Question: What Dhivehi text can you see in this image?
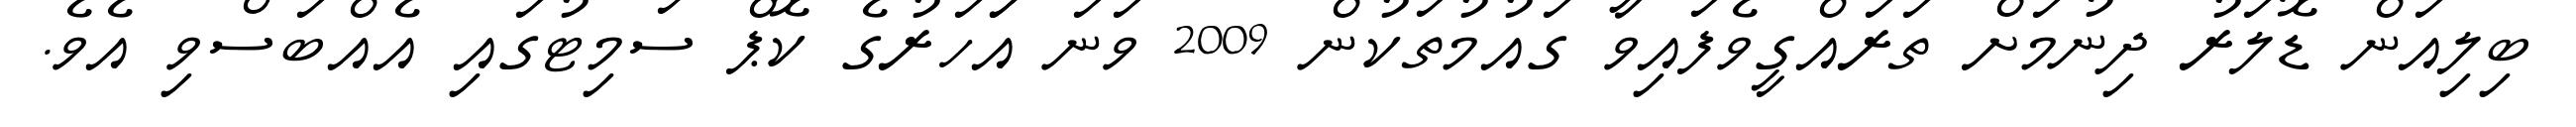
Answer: ބިލިއަން ޑޮލަރު ދިނުމަށް ތަރައްގީވެފައިވާ ގައުމުތަކުން 2009 ވަނަ އަަހަރުގެ ކޮޕް ސަމިޓުގައި އެއްބަސްވި އެވެ.